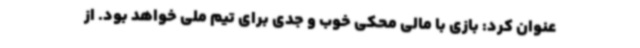
عنوان کرد: بازی با مالی محکی خوب و جدی برای تیم ملی خواهد بود. از